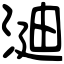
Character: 𣶻